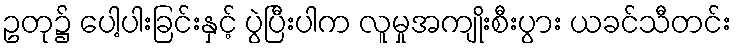
ဥတု၌ ပေါ့ပါးခြင်းနှင့် ပွဲပြီးပါက လူမှုအကျိုးစီးပွား ယခင်သီတင်း